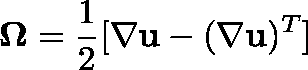
\mathbf { \Omega } = \frac 1 2 [ \nabla \mathbf { u } - ( \nabla \mathbf { u } ) ^ { T } ]